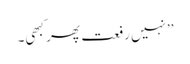
’’نہیں رفعت پھر کبھی۔